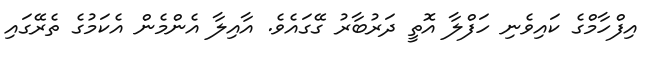
އިފްހާމްގެ ކައިވެނި ހަފްލާ އޮތީ ދަރުބާރު ގޭގައެވެ. އާއިލާ އެންމެން އެކަމުގެ ތެރޭގައި